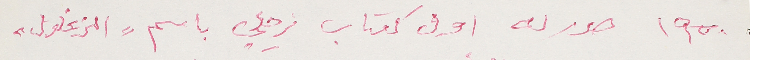
١٩٥٠  صدر له اول كتاب زجلي باسم " الزغلول"